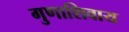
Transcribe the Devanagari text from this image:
गुणाशिवाय